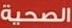
الصحية